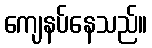
ကျေနပ်နေသည်။